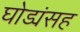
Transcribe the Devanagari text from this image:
घोड्यंसह